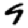
Digit: 9